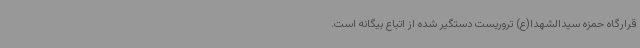
قرارگاه حمزه سیدالشهدا(ع) تروریست دستگیر شده از اتباع بیگانه است.